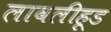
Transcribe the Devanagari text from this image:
लावलीहूड